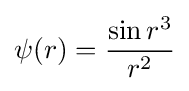
\psi (r)={\frac {\sin r^{3}}{r^{2}}}